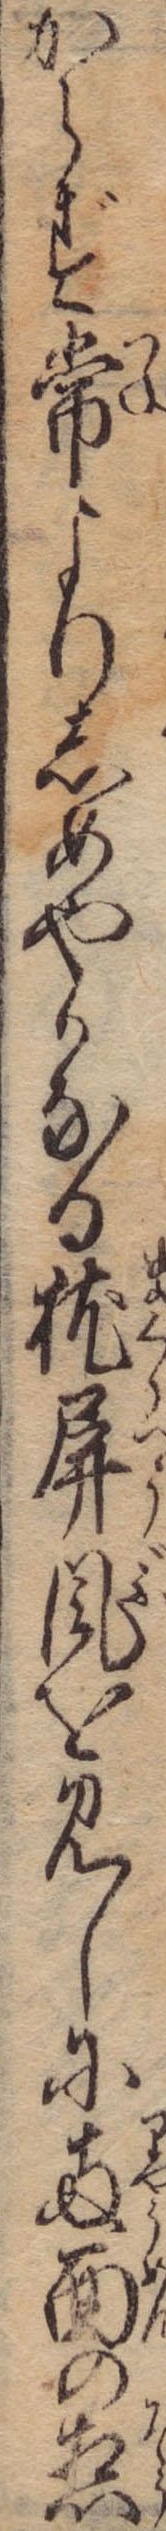
からず常よりしめやかなる枕屏風を見しに両面の惣